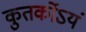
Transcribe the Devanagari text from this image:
कुतर्कोऽयं